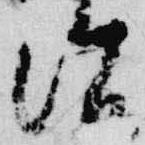
治